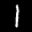
Label: 1